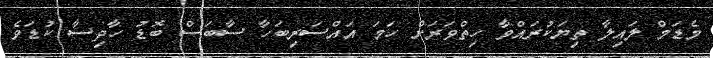
މެޑަމް ލައިލާ ތިޔަކުރައްވާ ހިތްވަރަށް ހަމަ އައްސަރިބަހާ ސާބަސް ބޮޑު ހާދިސާ ކުޑަވެ